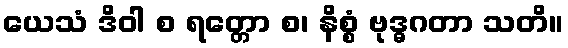
ယေသံ ဒိဝါ စ ရတ္တော စ၊ နိစ္စံ ဗုဒ္ဓဂတာ သတိ။